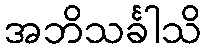
အဘိသင်္ခါသိ